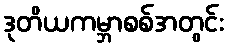
ဒုတိယကမ္ဘာစစ်အတွင်း